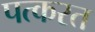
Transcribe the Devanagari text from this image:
पत्करत